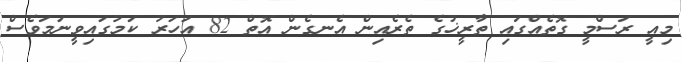
މިއީ ރަސްމީ ގޮތެއްގައި ތާރީޚުގެ ތެރެއިން އެނގެން އޮތް 82 އަހަރު ކަމުގައިވީނަމަވެސް